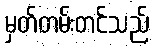
မှတ်တမ်းတင်သည်